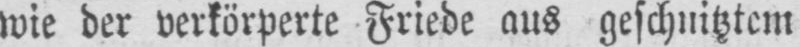
wie der verkörperte Friede aus geschnitztem